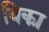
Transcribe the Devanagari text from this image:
विका